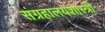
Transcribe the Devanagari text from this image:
संग्रहालयशास्त्री